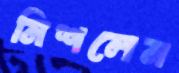
মিশলেম